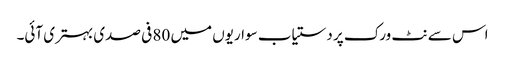
اس سے نٹ ورک پر دستیاب سواریوں میں 80 فی صدی بہتری آئی۔